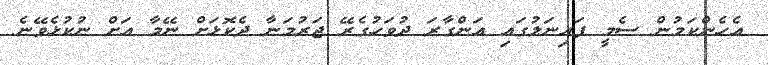
އެހެންކަމުން ސެމީ ފައިނަލުގައި އަންގާރަ ދުވަހުގެރޭ ޖަރުމަނާ ދެކޮޅަށް ނޭމާ އަށް ނުކުޅެވޭނެ